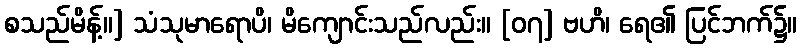
စသည်မိန့်။] သံသုမာရောပိ၊ မိကျောင်းသည်လည်း။ [၀၇] ဗဟိ၊ ရေ၏ ပြင်ဘက်၌။